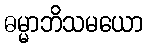
ဓမ္မာဘိသမယော